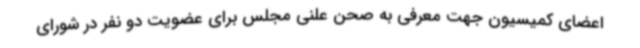
اعضای کمیسیون جهت معرفی به صحن علنی مجلس برای عضویت دو نفر در شورای